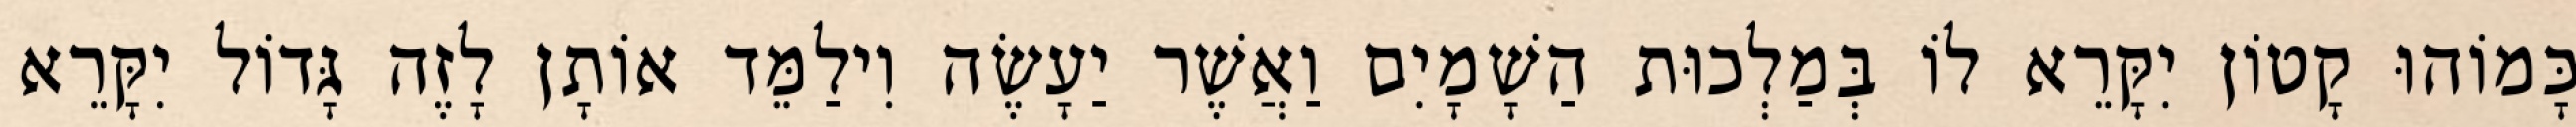
כָּמוֹהוּ קָטוֹן יִקָּרֵא לוֹ בְּמַלְכוּת הַשָׁמָיִם וַאֲשֶׁר יַעָשֶׂה וִילַמֵּד אוֹתָן לָזֶה גָּדוֹל יִקָּרֵא